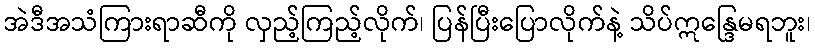
အဲဒီအသံကြားရာဆီကို လှည့်ကြည့်လိုက်၊ ပြန်ပြီးပြောလိုက်နဲ့ သိပ်ဣန္ဒြေမရဘူး၊